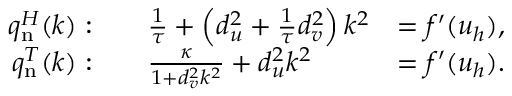
{ \begin{array} { r l r } { q _ { \mathrm { n } } ^ { H } ( k ) : } & { \quad { \frac { 1 } { \tau } } + \left( d _ { u } ^ { 2 } + { \frac { 1 } { \tau } } d _ { v } ^ { 2 } \right) k ^ { 2 } } & { = f ^ { \prime } ( u _ { h } ) , } \\ { q _ { \mathrm { n } } ^ { T } ( k ) : } & { \quad { \frac { \kappa } { 1 + d _ { v } ^ { 2 } k ^ { 2 } } } + d _ { u } ^ { 2 } k ^ { 2 } } & { = f ^ { \prime } ( u _ { h } ) . } \end{array} }